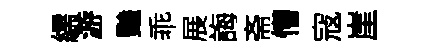
繻游豔乖展誨斋懵寇崖